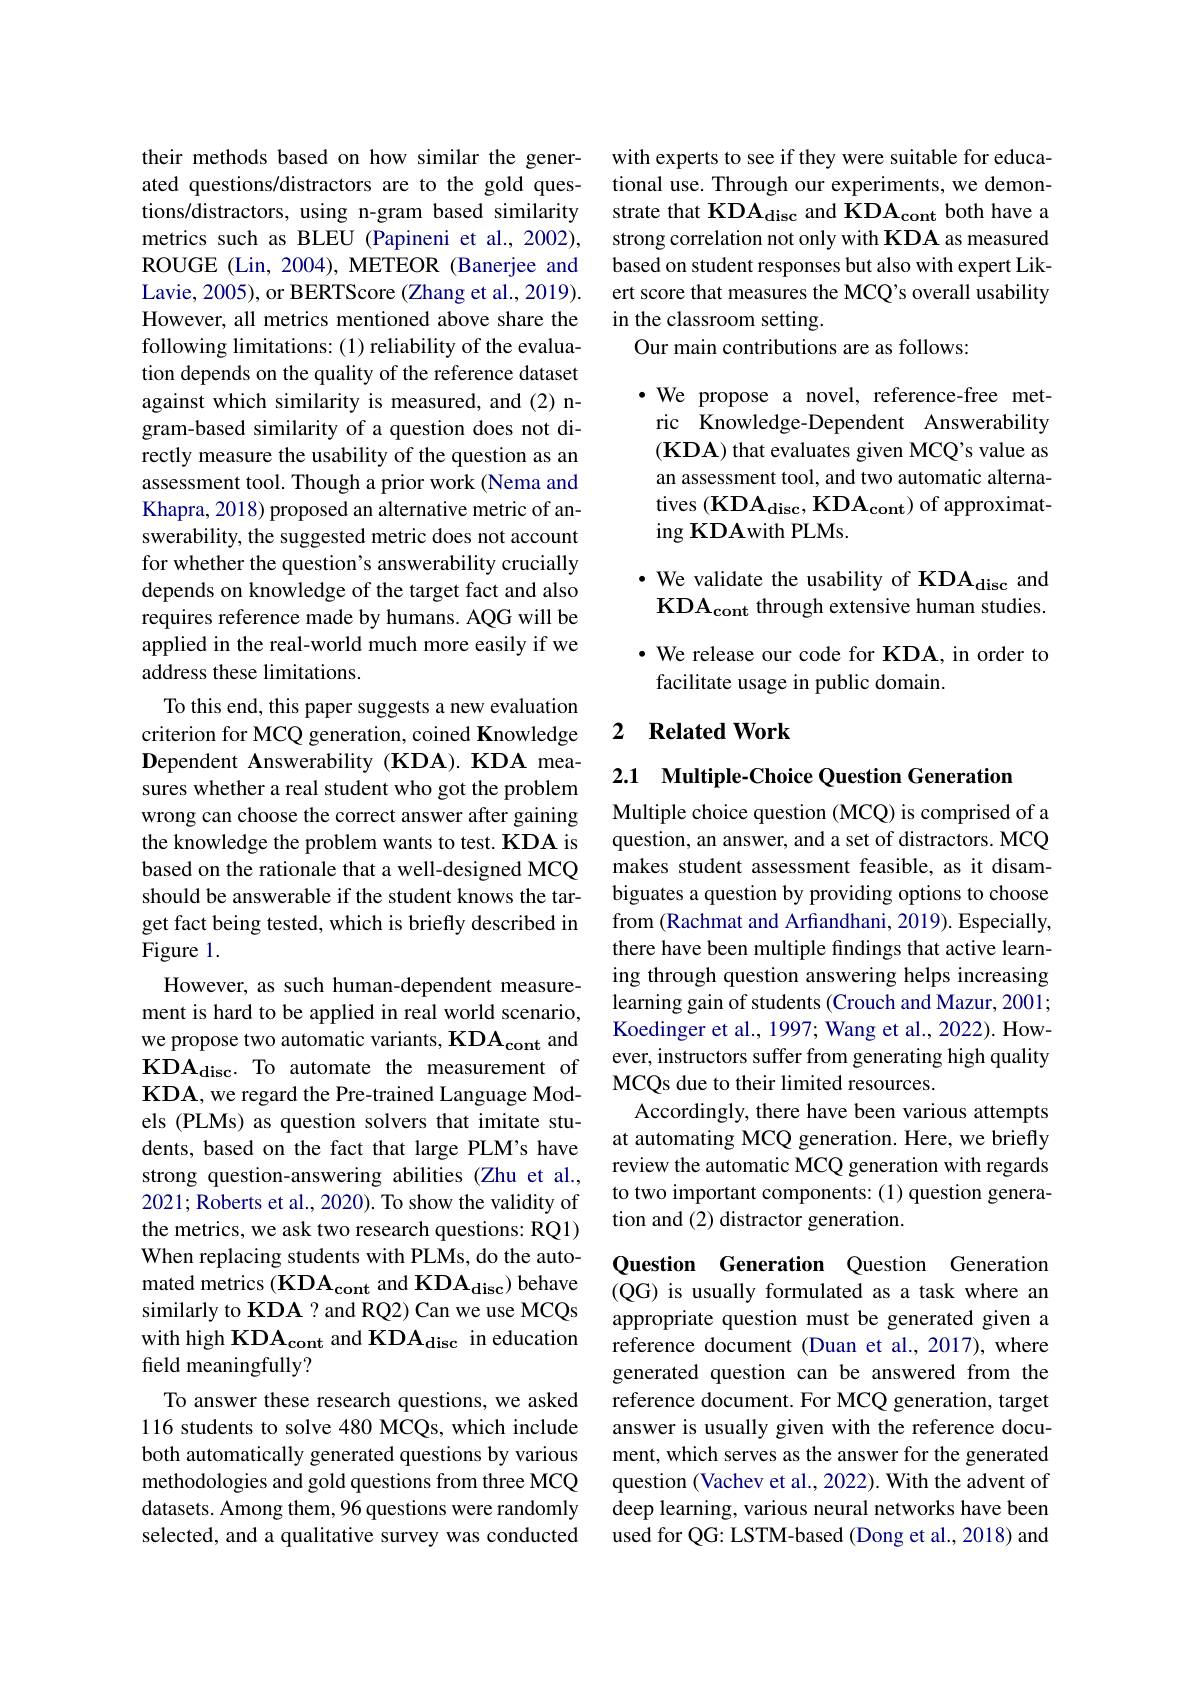
their methods based on how similar the generated questions/distractors are to the gold questions/distractors, using n-gram based similarity metrics such as BLEU (Papineni et al., 2002), ROUGE (Lin, 2004), METEOR (Banerjee and Lavie, 2005), or BERTScore (Zhang et al., 2019). However, all metrics mentioned above share the following limitations: (1) reliability of the evaluation depends on the quality of the reference dataset against which similarity is measured, and (2) ngram-based similarity of a question does not directly measure the usability of the question as an assessment tool. Though a prior work (Nema and Khapra, 2018) proposed an alternative metric of answerability, the suggested metric does not account for whether the question's answerability crucially depends on knowledge of the target fact and also requires reference made by humans. AQG will be applied in the real-world much more easily if we address these limitations.
To this end, this paper suggests a new evaluation criterion for MCQ generation, coined Knowledge Dependent Answerability (KDA).KDA measures whether a real student who got the problem wrong can choose the correct answer after gaining the knowledge the problem wants to test. KDA is based on the rationale that a well-designed MCQ should be answerable if the student knows the target fact being tested, which is briefly described in Figure 1.
However, as such human-dependent measurement is hard to be applied in real world scenario, we propose two automatic variants, KDA$_\mathrm{cont}$ and $KDA_{\mathrm{disc}}. To automate the measurement of$ KDA, we regard the Pre-trained Language Models (PLMs) as question solvers that imitate students, based on the fact that large PLM's have strong question-answering abilities (Zhu et al., 2021; Roberts et al., 2020). To show the validity of the metrics, we ask two research questions: RQ1) When replacing students with PLMs, do the automated metrics (KDA$_\mathrm{cont}$ and KDA$_\mathrm{disc}$) behave similarly to KDA ? and RQ2) Can we use MCQs with high KDA$_\mathrm{cont}$ and KDA$_\mathrm{disc}$ in education field meaningfully?
To answer these research questions, we asked 116 students to solve 480 MCQs, which include both automatically generated questions by various methodologies and gold questions from three MCQ datasets. Among them, 96 questions were randomly selected, and a qualitative survey was conducted

with experts to see if they were suitable for educational use. Through our experiments, we demonstrate that KDAd$isc and KDA_\mathrm{cont}$ both have a strong correlation not only with KDA as measured based on student responses but also with expert Likert score that measures the MCQ's overall usability in the classroom setting.
Our main contributions are as follows:

$\cdot$ We propose a novel, reference-free metric Knowledge-Dependent Answerability (KDA) that evaluates given MCQ's value as an assessment tool, and two automatic alternatives (KDA$_{\mathrm{disc}}$,KD$A_{\mathrm{cont}}$) of approximating KDAwith PLMs.
·We validate the usability of KDA$_\mathrm{disc}$ and $KDA_{\mathrm{cont}} through extensive human studies.$ $\cdot$ We release our code for KDA, in order to facilitate usage in public domain.

## 2 Related Work

2.1 Multiple-Choice Question Generation

Multiple choice question (MCQ) is comprised of a question, an answer, and a set of distractors. MCQ makes student assessment feasible, as it disambiguates a question by providing options to choose from (Rachmat and Arfiandhani, 2019). Especially, there have been multiple findings that active learning through question answering helps increasing learning gain of students (Crouch and Mazur, 2001; Koedinger et al., 1997; Wang et al., 2022). However, instructors suffer from generating high quality MCQs due to their limited resources.
Accordingly, there have been various attempts at automating MCQ generation. Here, we briefly review the automatic MCQ generation with regards to two important components: (1) question generation and (2) distractor generation.

Question Generation Question Generation (QG) is usually formulated as a task where an appropriate question must be generated given a reference document (Duan et al., 2017), where generated question can be answered from the reference document. For MCQ generation, target answer is usually given with the reference document, which serves as the answer for the generated question (Vachev et al., 2022). With the advent of deep learning, various neural networks have been used for QG: LSTM-based (Dong et al., 2018) and